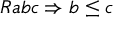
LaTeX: R a b c \Rightarrow b \leq c